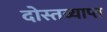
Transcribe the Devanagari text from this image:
दोस्तव्याप्त